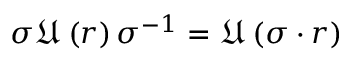
\sigma \mathfrak { U } \left( r \right) \sigma ^ { - 1 } = \mathfrak { U } \left( \sigma \cdot r \right)